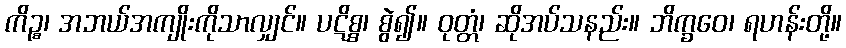
ကိဉ္စ၊ အဘယ်အကျိုးကိုသာလျှင်။ ပဋိစ္စ၊ စွဲ၍။ ဝုတ္တံ၊ ဆိုအပ်သနည်း။ ဘိက္ခဝေ၊ ရဟန်းတို့။